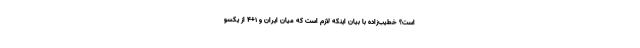
است؟ خطیب‌زاده با بیان اینکه لازم است که میان ایران و ۱+۴ از یکسو